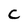
Character: C